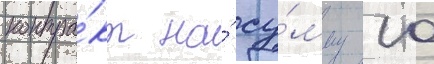
контра́кт на́ су́мму 10